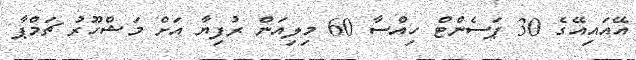
އޭއައިއޭގެ 30 ޕަސެންޓް ހިއްސާ 60 މިލިއަން ރުފިޔާ އަށް މަޝްހޫރު ޗަމްޕާ